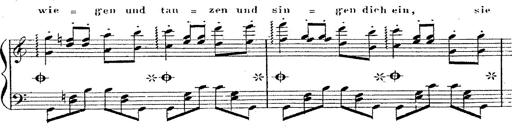
Title: 12 Lieder von Franz Schubert
Composer: Franz Liszt